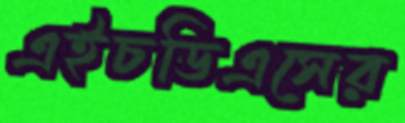
এইচডিএসের